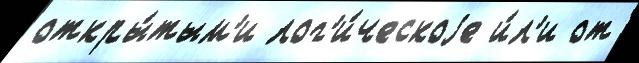
откры́тым'и лог'и́ческоjе и́л'и от